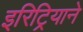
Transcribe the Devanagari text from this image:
इरिट्रियाने